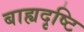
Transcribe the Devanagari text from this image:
बाह्यदृष्टि